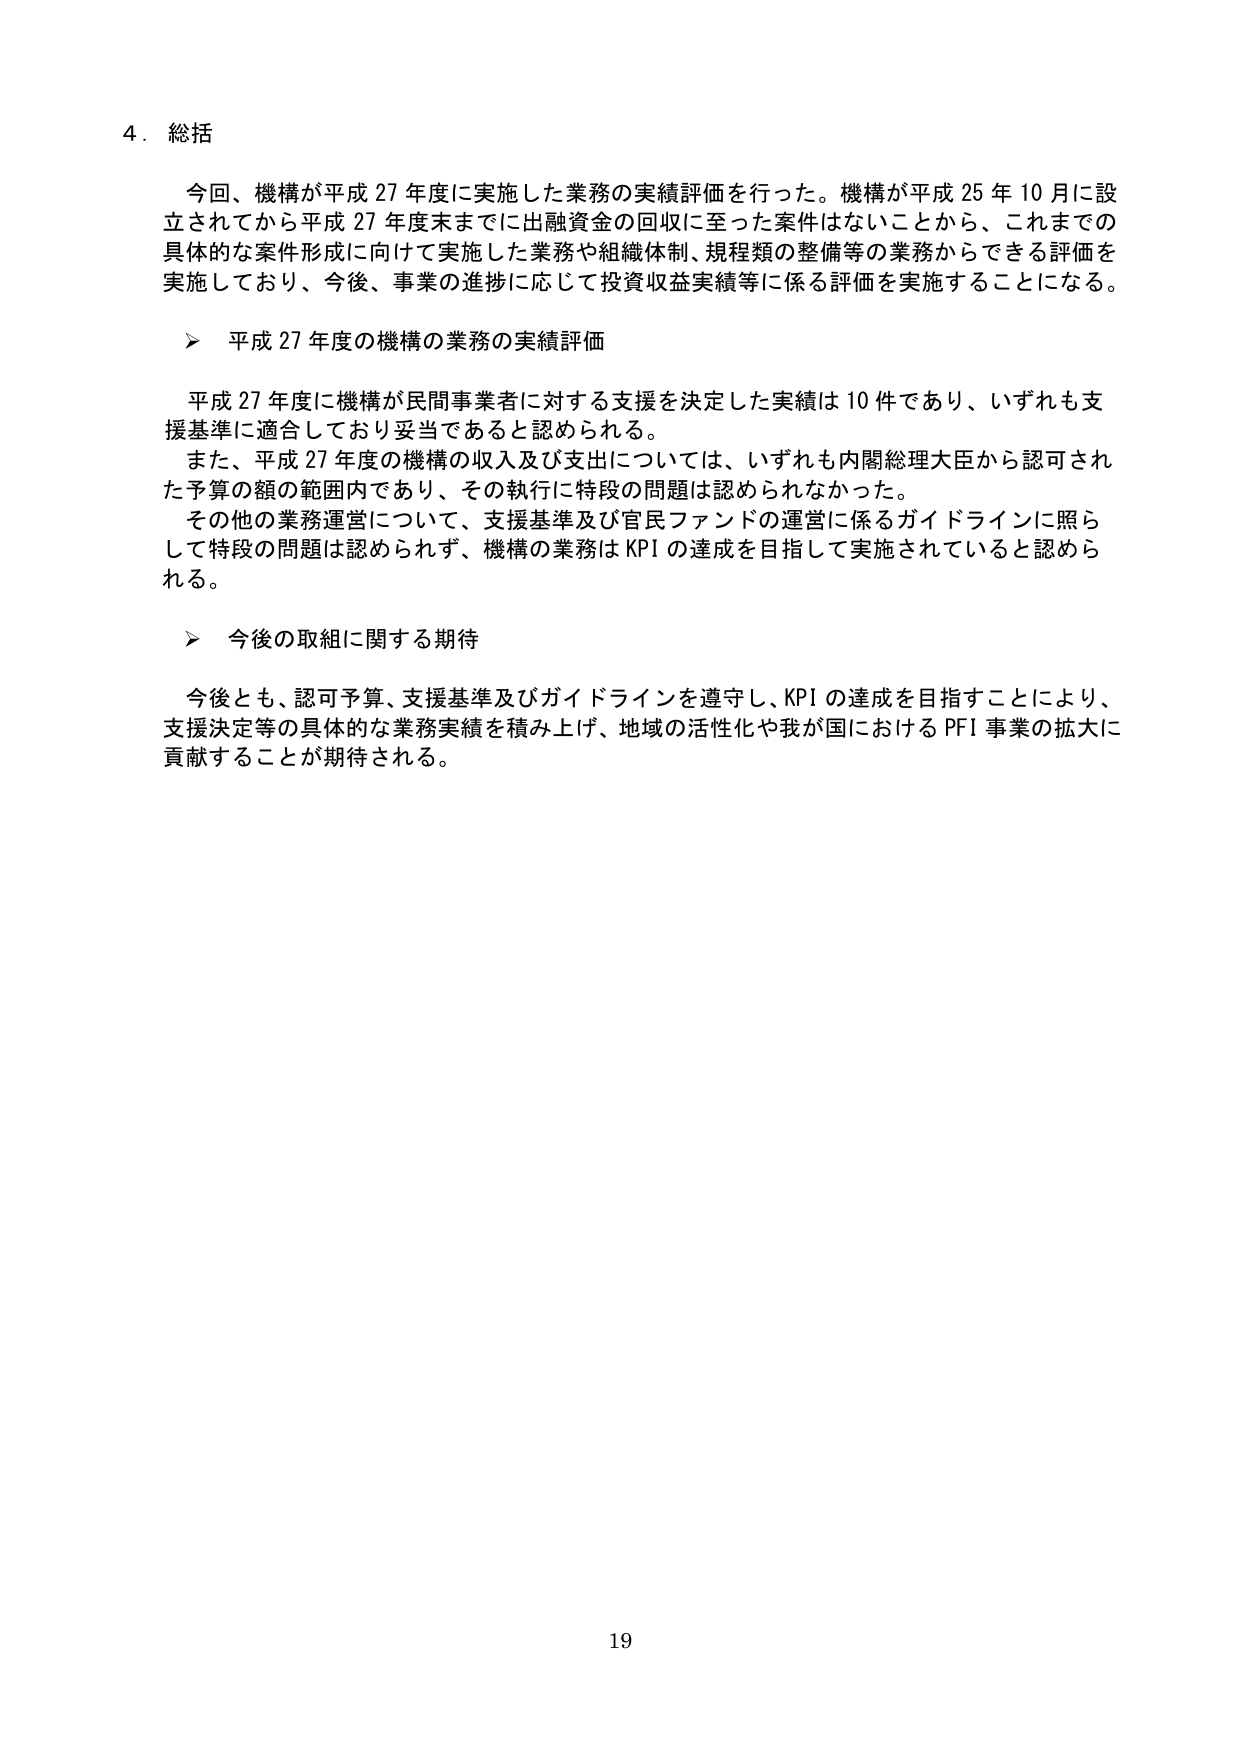
4. 総括

今回、機構が平成27年度に実施した業務の実績評価を行った。機構が平成25年10月に設立されてから平成27年度末までに出融資金の回収に至った案件はないことから、これまでの具体的な案件形成に向けて実施した業務や組織体制、規程類の整備等の業務からできる評価を実施しており、今後、事業の進捗に応じて投資収益実績等に係る評価を実施することになる。

▶ 平成27年度の機構の業務の実績評価

平成27年度に機構が民間事業者に対する支援を決定した実績は10件であり、いずれも支援基準に適合しており妥当であると認められる。

また、平成27年度の機構の収入及び支出については、いずれも内閣総理大臣から認可された予算の額の範囲内であり、その執行に特段の問題は認められなかった。

その他の業務運営について、支援基準及び官民ファンドの運営に係るガイドラインに照らして特段の問題は認められず、機構の業務はKPIの達成を目指して実施されていると認められる。

▶ 今後の取組に関する期待

今後とも、認可予算、支援基準及びガイドラインを遵守し、KPIの達成を目指すことにより、支援決定等の具体的な業務実績を積み上げ、地域の活性化や我が国におけるPFI事業の拡大に貢献することが期待される。

19